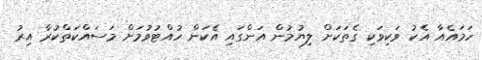
ހަމައެއާ އެކު ވަކިވަކި ގެތަކަށް ލިޔުމުން އަންގައި އެކަން ހުއްޓުވުމަށް މަސައްކަތްކުރާ އިރު